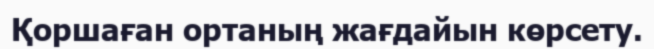
Қоршаған ортаның жағдайын көрсету.